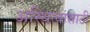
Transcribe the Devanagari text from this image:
अस्थित्वासाठी